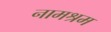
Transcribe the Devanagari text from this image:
नामश्रम